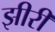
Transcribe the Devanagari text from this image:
झीरी